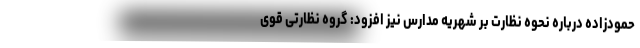
حمودزاده درباره نحوه نظارت بر شهریه مدارس نیز افزود: گروه نظارتی قوی